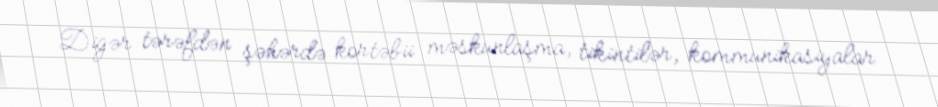
Digər tərəfdən şəhərdə kortəbii məskunlaşma, tikintilər, kommunikasiyalar